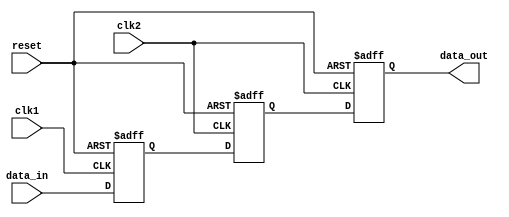
module synchronizer (
    input wire clk1, // input clock domain
    input wire clk2, // output clock domain
    input wire reset, // reset signal
    input wire data_in, // input data to be synchronized

    output reg data_out // synchronized output data
);

reg flop1, flop2, flop3;

always @(posedge clk1 or posedge reset) begin
    if (reset) begin
        flop1 <= 1'b0;
    end else begin
        flop1 <= data_in;
    end
end

always @(posedge clk2 or posedge reset) begin
    if (reset) begin
        flop2 <= 1'b0;
        flop3 <= 1'b0;
    end else begin
        flop2 <= flop1;
        flop3 <= flop2;
    end
end

assign data_out = flop3;

endmodule